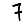
Digit: 7